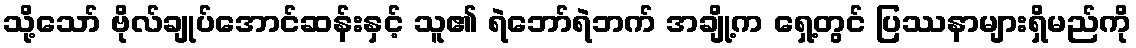
သို့သော် ဗိုလ်ချုပ်အောင်ဆန်းနှင့် သူ၏ ရဲဘော်ရဲဘက် အချို့က ရှေ့တွင် ပြဿနာများရှိမည်ကို